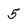
Character: 5